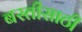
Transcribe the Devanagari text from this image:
बस्तीसाठी